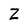
Character: Z